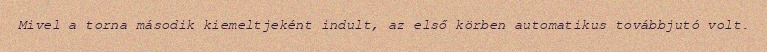
Mivel a torna második kiemeltjeként indult, az első körben automatikus továbbjutó volt.